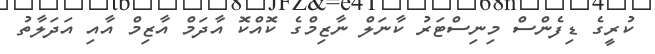
ކުރީގެ ޑިފެންސް މިނިސްޓަރު ކާނަލް ނާޒިމްގެ ކޮއްކޮ އާދަމް އާޒިމް އާއި އަދަލާތު